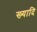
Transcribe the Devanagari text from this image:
ख्यादि